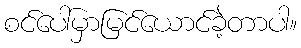
စင်ပေါ်မှာမြင်ယောင်ခဲ့တာပါ။